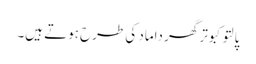
پالتو کبوتر گھر داماد کی طرح ہوتے ہیں۔